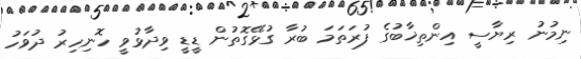
ނިމުނު ރިޔާސީ އިންތިޚާބުގެ ފުރަތަމަ ބުރާ ގުޅޭގޮތުން ޑީޑީ ވިދާޅުވީ ހޮނިހިރު ދުވަހު